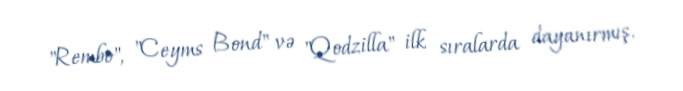
"Rembo", "Ceyms Bond" və "Qodzilla" ilk sıralarda dayanırmış.